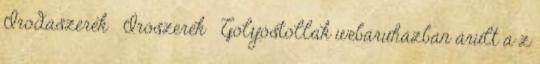
Irodaszerek Írószerek Golyóstollak webáruházban árult a z